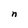
Character: n